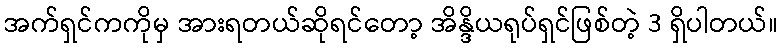
အက်ရှင်ကကိုမှ အားရတယ်ဆိုရင်တော့ အိန္ဒိယရုပ်ရှင်ဖြစ်တဲ့ 3 ရှိပါတယ်။